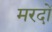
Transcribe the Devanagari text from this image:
मरदों